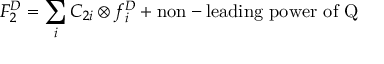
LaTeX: F _ { 2 } ^ { D } = \sum _ { i } C _ { 2 i } \otimes f _ { i } ^ { D } + \mathrm { n o n - l e a d i n g ~ p o w e r ~ o f ~ Q }